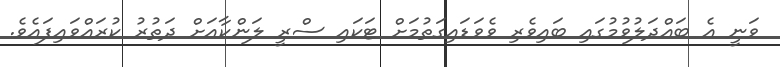
ވަނީ އެ ބައްދަލުވުމުގައި ބައިވެރި ވެވަޑައިގަތުމަށް ޓަކައި ސްރީ ލަންކާއަށް ދަތުރު ކުރައްވައިފައެވެ.